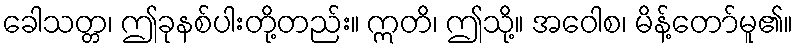
ခေါသတ္တ၊ ဤခုနစ်ပါးတို့တည်း။ ဣတိ၊ ဤသို့။ အဝေါစ၊ မိန့်တော်မူ၏။